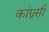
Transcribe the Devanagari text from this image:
कांग्रसी